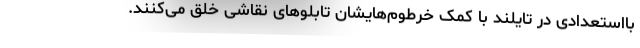
بااستعدادی در تایلند با کمک خرطوم‌هایشان تابلوهای نقاشی خلق می‌کنند.